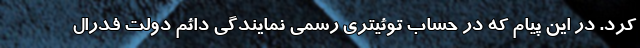
کرد. در این پیام که در حساب توئیتری رسمی نمایندگی دائم دولت فدرال